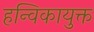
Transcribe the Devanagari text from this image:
हन्विकायुक्त